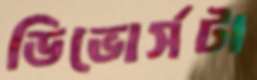
ডিভোর্সটা